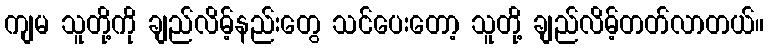
ကျမ သူတို့ကို ချည်လိမ့်နည်းတွေ သင်ပေးတော့ သူတို့ ချည်လိမ့်တတ်လာတယ်။